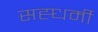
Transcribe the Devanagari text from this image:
सह्धर्मी